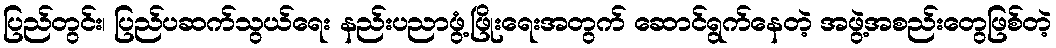
ပြည်တွင်း၊ ပြည်ပဆက်သွယ်ရေး နည်းပညာဖွံ့ဖြိုးရေးအတွက် ဆောင်ရွက်နေတဲ့ အဖွဲ့အစည်းတွေဖြစ်တဲ့